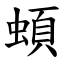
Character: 蝢